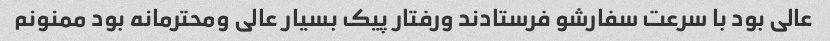
عالی بود با سرعت سفارشو فرستادند ورفتار پیک بسیار عالی ومحترمانه بود ممنونم